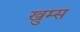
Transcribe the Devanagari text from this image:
खुम्स